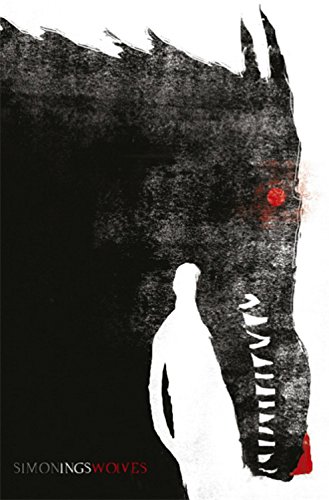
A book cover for Wolves; Simon Ings; Science Fiction & Fantasy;